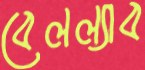
বেলল্যাব